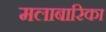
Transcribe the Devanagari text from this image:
मलाबारिका